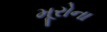
મૂરોના